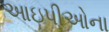
આઇપીઓના